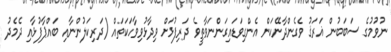
ނުވުމުގެ ސަބަބުން ޣަރަޤު ވެގެންދާނޭކަން އެންގިވަޑައިގަންނަވާތީވެ ދަރިފުޅަށް ވިދާޅުވިވާހަކަތައް (ދަރިކަލުންނާއި ބައްޕާފުޅާއި ދެމެދު